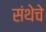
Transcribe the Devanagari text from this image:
संथेचे